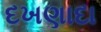
દખણાદા